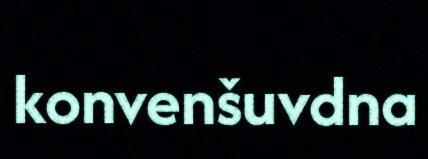
konvenšuvdna